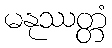
မနုဿတ္တံ